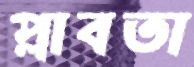
প্লাবতা